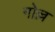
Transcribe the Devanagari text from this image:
गोल्ल